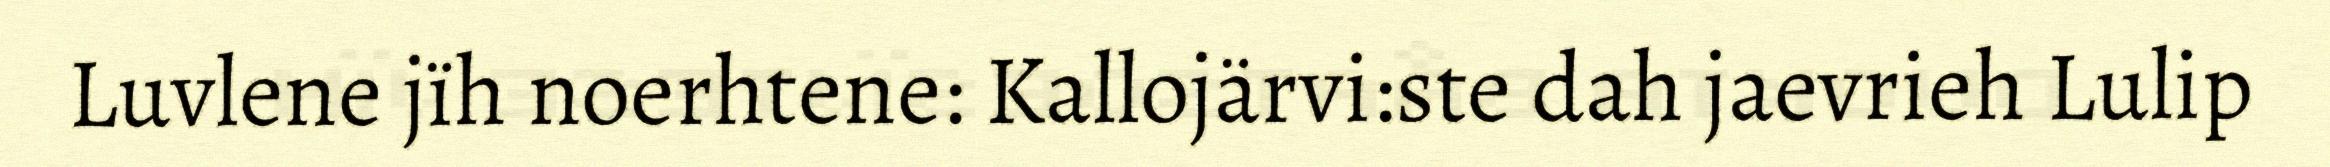
Luvlene jïh noerhtene: Kallojärvi:ste dah jaevrieh Lulip